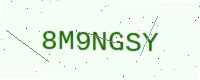
Text: 8M9NGSY